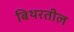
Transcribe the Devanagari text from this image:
बिथरतील